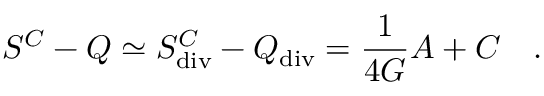
S ^ { C } - Q \simeq S _ { \tiny \mathrm { d i v } } ^ { C } - Q _ { \tiny \mathrm { d i v } } = { \frac { 1 } { 4 G } } { \cal A } + C ~ ~ ~ .